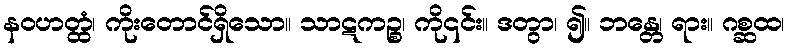
နဝဟတ္ထံ၊ ကိုးတောင်ရှိသော။ သာဋကဉ္စ၊ ကို၎င်း။ ဒတွာ၊ ၍။ ဘန္တေ၊ ရား။ ဂစ္ဆထ၊